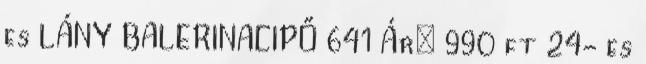
es LÁNY BALERINACIPŐ 641 Ár: 990 ft 24- es